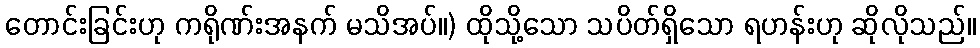
တောင်းခြင်းဟု ကရိုဏ်းအနက် မသိအပ်။) ထိုသို့သော သပိတ်ရှိသော ရဟန်းဟု ဆိုလိုသည်။